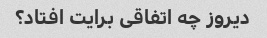
دیروز چه اتفاقی برایت افتاد؟